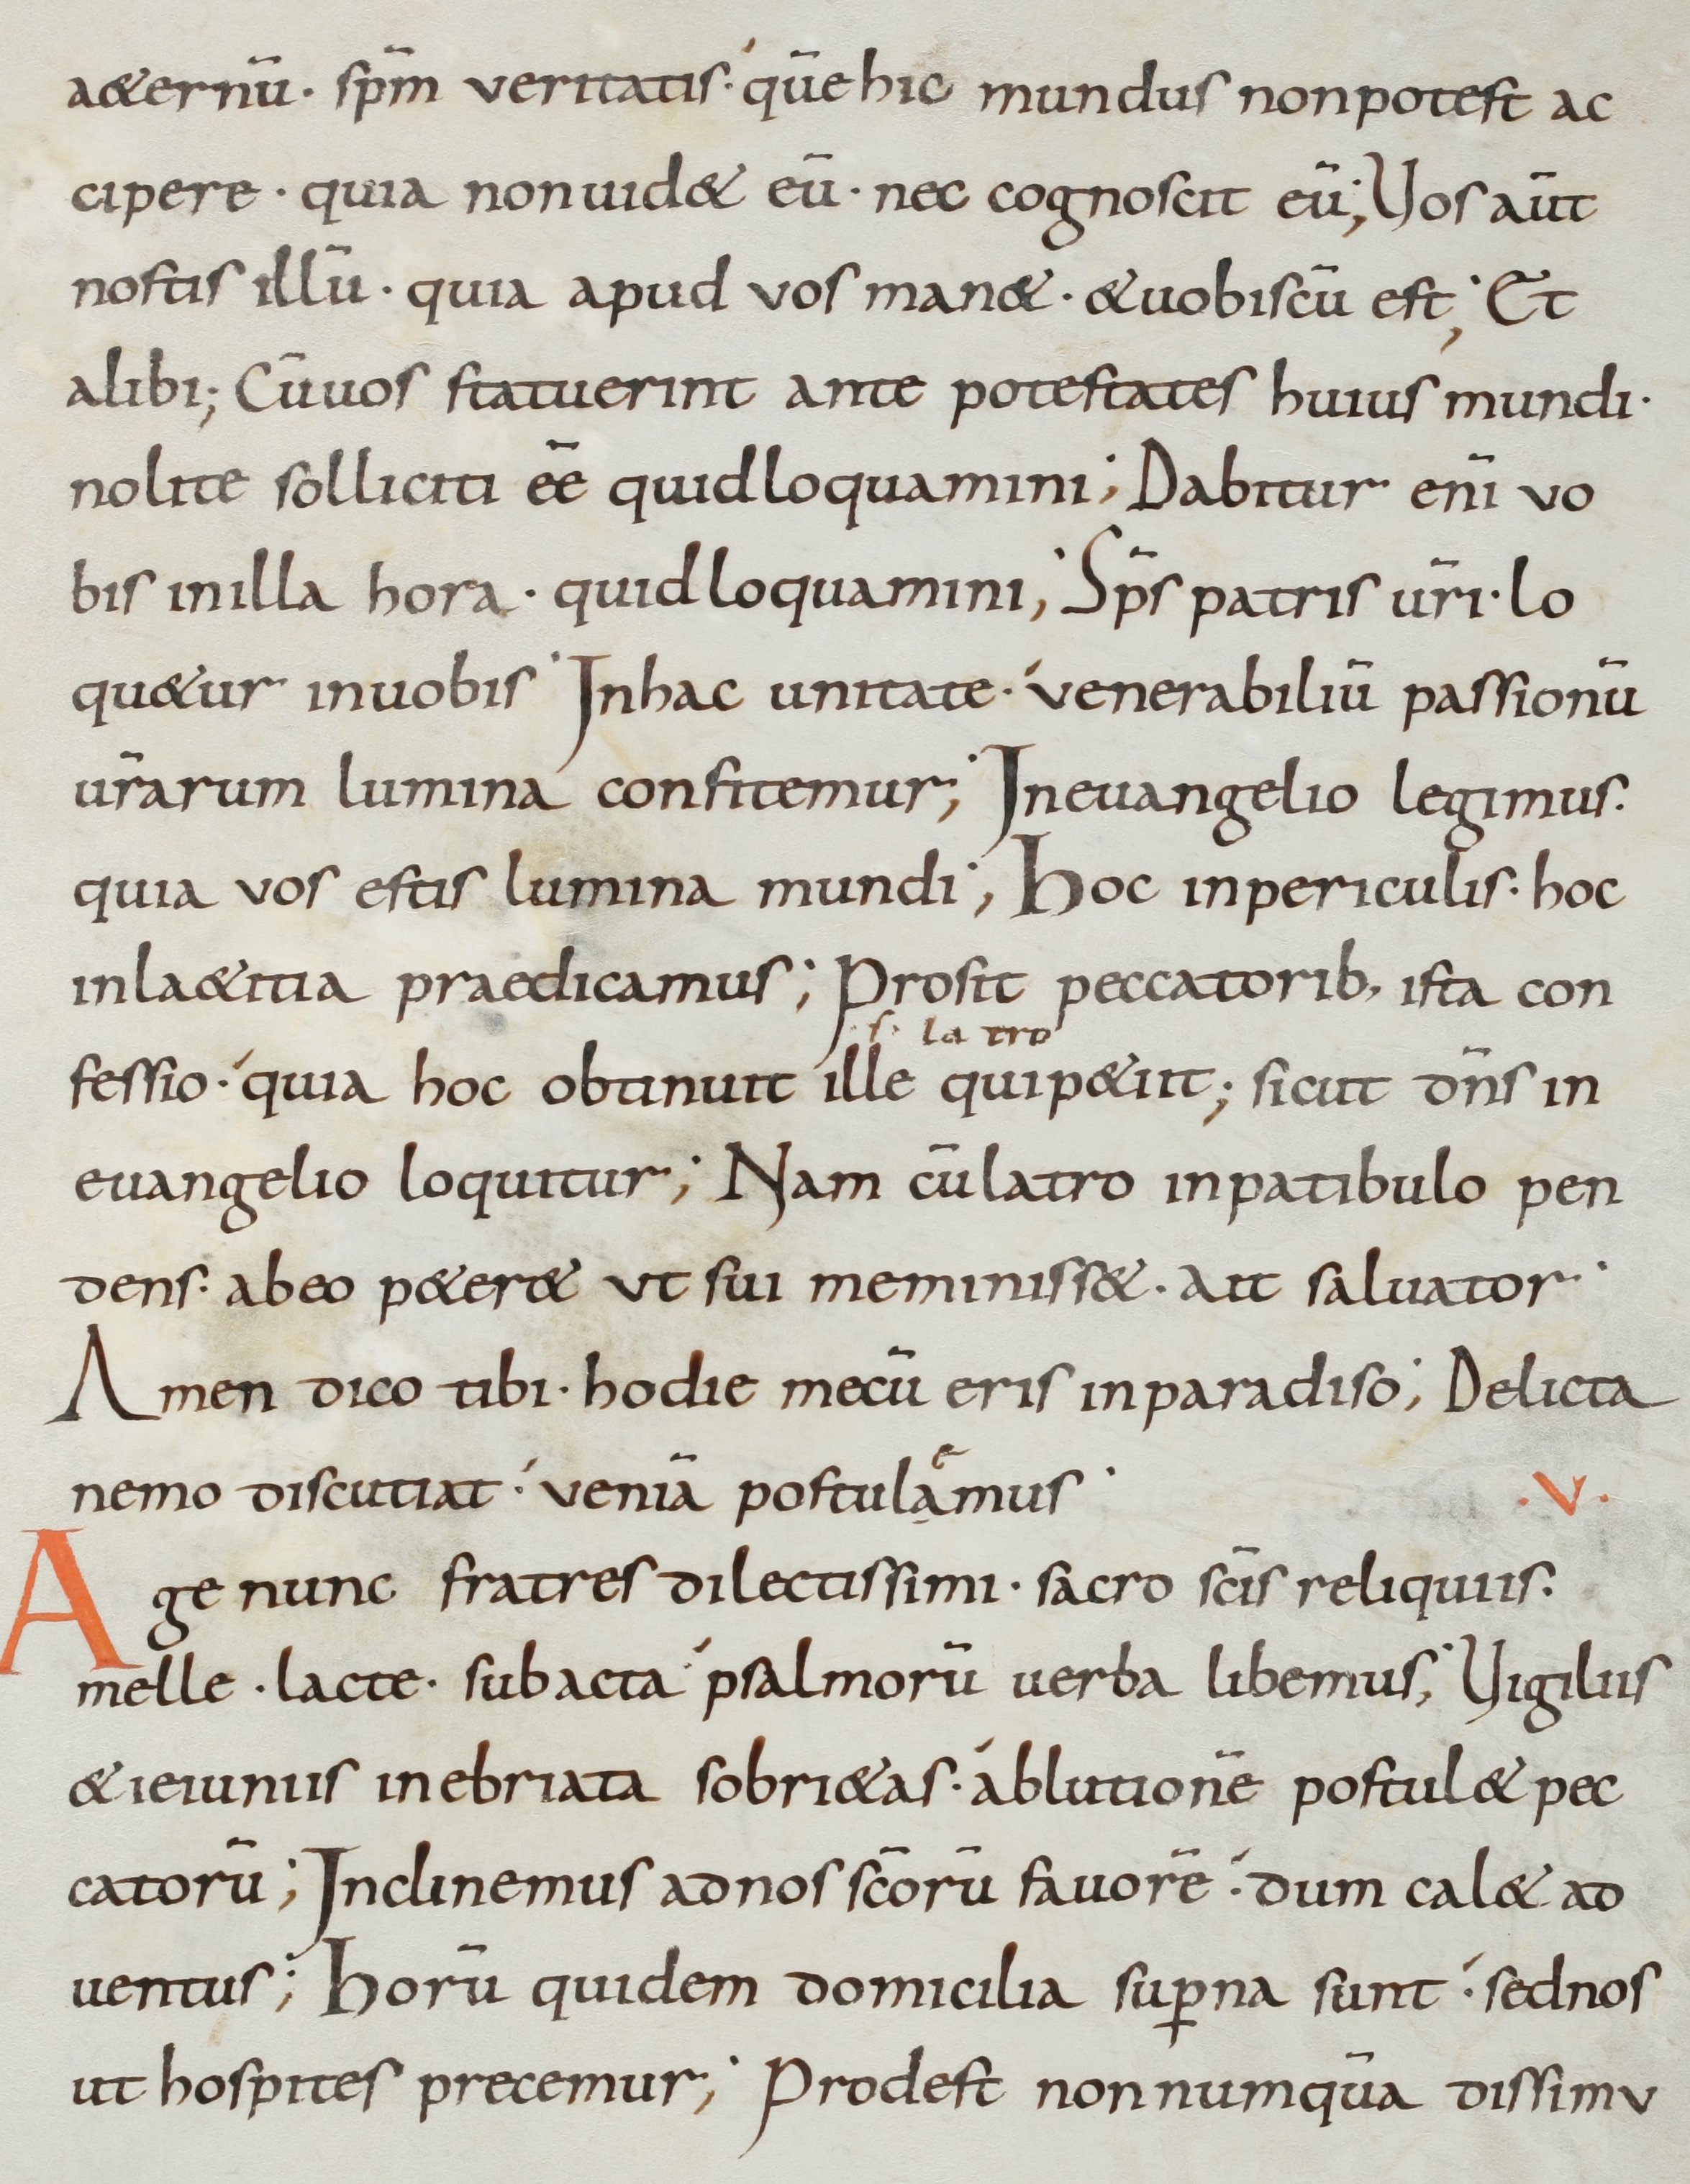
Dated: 900–999